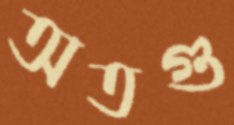
অতগু